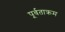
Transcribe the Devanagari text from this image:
पूर्वताक्रम